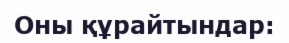
Оны құрайтындар: